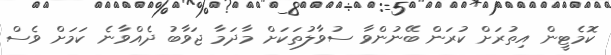
ކޮމެޓީން އިތުރަށް ކުރަން ބޭނުންވާ ސުވާލުތަކަށް މާދަމާ ޖަވާބު ދެއްވާނެ ކަމަށް ވެސް